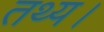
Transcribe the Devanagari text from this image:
तथ्य।